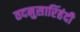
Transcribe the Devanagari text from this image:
तदनुसारिंहंदी